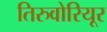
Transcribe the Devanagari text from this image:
तिरुवोरियूर